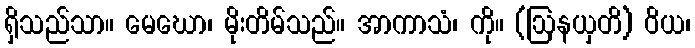
ရှိသည်သာ။ မေဃော၊ မိုးတိမ်သည်။ အာကာသံ၊ ကို။ (ဩနယှတိ) ဝိယ၊